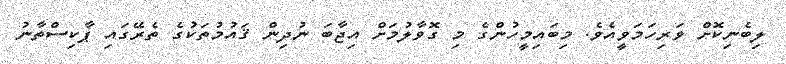
ލިބެނިކޮށް ވަރިހަމަވީއެވެ. މިބައިމީހުންގެ މި ގޮވާލުމަށް އިޖާބަ ނުދިން ޤައުމުތަކުގެ ތެރޭގައި ޕާކިސްތާނު